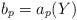
LaTeX: \begin{align*}b_p = a_p(Y)\end{align*}